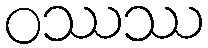
ဝဿဿ